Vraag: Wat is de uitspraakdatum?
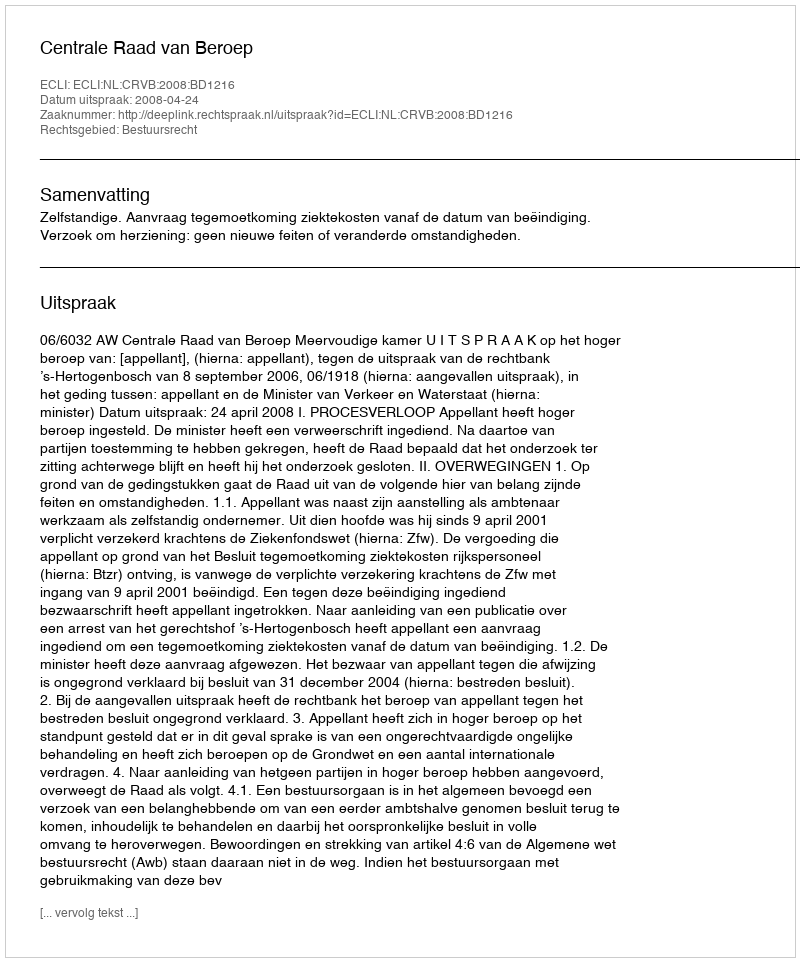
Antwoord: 2008-04-24